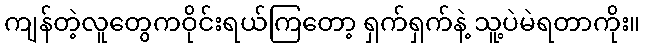
ကျန်တဲ့လူတွေကဝိုင်းရယ်ကြတော့ ရှက်ရှက်နဲ့ သူ့ပဲမဲရတာကိုး။